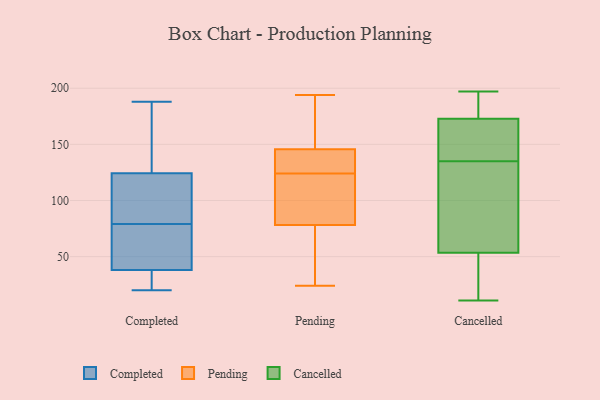
{"axis": {"x": "Production Output", "y": "Value"}, "legend": ["Cancelled", "Completed", "Pending"], "data": [{"x": "", "y": 146, "type": "Completed"}, {"x": "", "y": 51, "type": "Completed"}, {"x": "", "y": 41, "type": "Completed"}, {"x": "", "y": 79, "type": "Completed"}, {"x": "", "y": 180, "type": "Completed"}, {"x": "", "y": 82, "type": "Completed"}, {"x": "", "y": 35, "type": "Completed"}, {"x": "", "y": 156, "type": "Completed"}, {"x": "", "y": 20, "type": "Completed"}, {"x": "", "y": 39, "type": "Completed"}, {"x": "", "y": 34, "type": "Completed"}, {"x": "", "y": 111, "type": "Completed"}, {"x": "", "y": 64, "type": "Completed"}, {"x": "", "y": 188, "type": "Completed"}, {"x": "", "y": 105, "type": "Completed"}, {"x": "", "y": 30, "type": "Completed"}, {"x": "", "y": 117, "type": "Completed"}, {"x": "", "y": 76, "type": "Pending"}, {"x": "", "y": 132, "type": "Pending"}, {"x": "", "y": 128, "type": "Pending"}, {"x": "", "y": 38, "type": "Pending"}, {"x": "", "y": 84, "type": "Pending"}, {"x": "", "y": 139, "type": "Pending"}, {"x": "", "y": 79, "type": "Pending"}, {"x": "", "y": 166, "type": "Pending"}, {"x": "", "y": 170, "type": "Pending"}, {"x": "", "y": 114, "type": "Pending"}, {"x": "", "y": 24, "type": "Pending"}, {"x": "", "y": 194, "type": "Pending"}, {"x": "", "y": 124, "type": "Pending"}, {"x": "", "y": 191, "type": "Cancelled"}, {"x": "", "y": 125, "type": "Cancelled"}, {"x": "", "y": 166, "type": "Cancelled"}, {"x": "", "y": 11, "type": "Cancelled"}, {"x": "", "y": 33, "type": "Cancelled"}, {"x": "", "y": 33, "type": "Cancelled"}, {"x": "", "y": 91, "type": "Cancelled"}, {"x": "", "y": 49, "type": "Cancelled"}, {"x": "", "y": 154, "type": "Cancelled"}, {"x": "", "y": 156, "type": "Cancelled"}, {"x": "", "y": 197, "type": "Cancelled"}, {"x": "", "y": 55, "type": "Cancelled"}, {"x": "", "y": 182, "type": "Cancelled"}, {"x": "", "y": 172, "type": "Cancelled"}, {"x": "", "y": 175, "type": "Cancelled"}, {"x": "", "y": 135, "type": "Cancelled"}, {"x": "", "y": 73, "type": "Cancelled"}]}